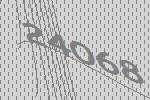
24068